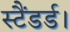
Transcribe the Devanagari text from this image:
स्टैंडर्ड।